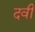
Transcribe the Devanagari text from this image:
दवी